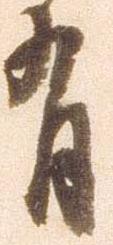
有